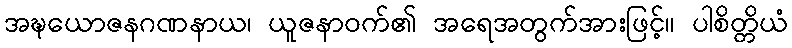
အဍ္ဎယောဇနဂဏနာယ၊ ယူဇနာဝက်၏ အရေအတွက်အားဖြင့်။ ပါစိတ္တိယံ